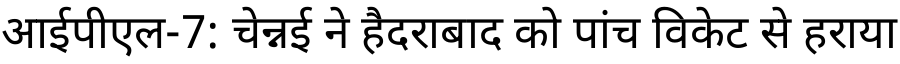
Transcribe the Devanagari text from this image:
आईपीएल-7: चेन्नई ने हैदराबाद को पांच विकेट से हराया